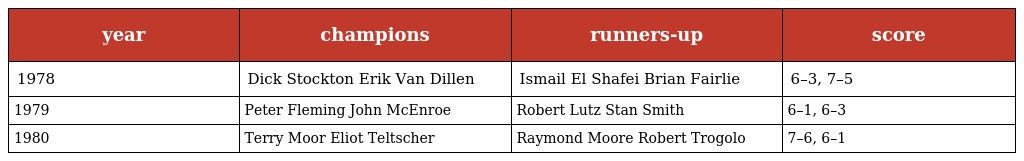
| year | champions | runners-up | score |
 | --- | --- | --- | --- |
 | 1978 | Dick Stockton Erik Van Dillen | Ismail El Shafei Brian Fairlie | 6–3, 7–5 |
 | 1979 | Peter Fleming John McEnroe | Robert Lutz Stan Smith | 6–1, 6–3 |
 | 1980 | Terry Moor Eliot Teltscher | Raymond Moore Robert Trogolo | 7–6, 6–1 |